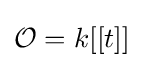
{\mathcal {O}}=k[[t]]